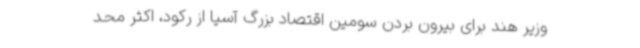
وزیر هند برای بیرون بردن سومین اقتصاد بزرگ آسیا از رکود، اکثر محد